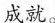
成就。